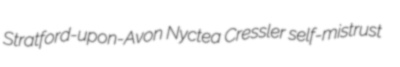
Stratford-upon-Avon Nyctea Cressler self-mistrust